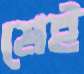
মেই